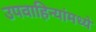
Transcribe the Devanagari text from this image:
उपवाहिन्यांमध्ये